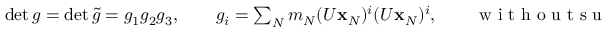
\begin{array} { r } { \operatorname* { d e t } g = \operatorname* { d e t } \tilde { g } = g _ { 1 } g _ { 2 } g _ { 3 } , \qquad g _ { i } = \sum _ { N } m _ { N } ( U { \bf x } _ { N } ) ^ { i } ( U { \bf x } _ { N } ) ^ { i } , \qquad \mathrm { ~ w ~ i ~ t ~ h ~ o ~ u ~ t ~ s ~ u ~ m ~ m ~ a ~ t ~ i ~ o ~ n ~ o ~ v ~ e ~ r ~ i ~ } . } \end{array}